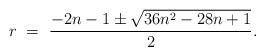
LaTeX: \begin{align*} r \ = \ \frac{-2n-1\pm \sqrt{36n^2-28n+1}}{2}.\end{align*}